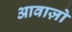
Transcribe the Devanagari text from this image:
आवाज़ो